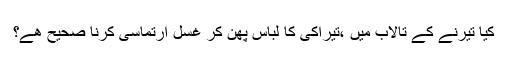
﻿ کیا تیرنے کے تالاب میں ،تیراکی کا لباس پهن کر غسل ارتماسی کرنا صحیح هے؟